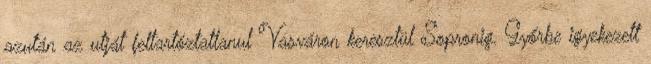
azután az utját feltartóztatlanul Vasváron keresztül Sopronig. Győrbe igyekezett